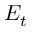
E _ { t }